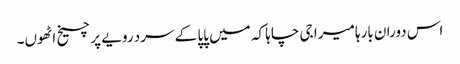
اس دوران بارہا میرا جی چاہا کہ میں پاپا کے سرد رویے پر چیخ اٹھوں۔